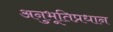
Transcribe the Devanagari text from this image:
अनुभूतिप्रधान